Lunatic asylums United Provinces 1909-1921 - 1909-1921
Year: 1909
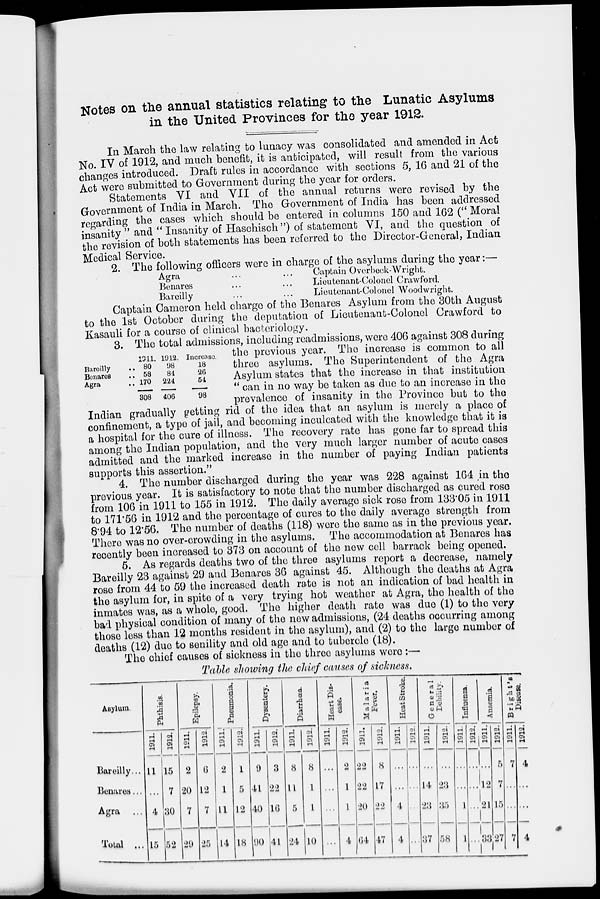
Notes on the annual statistics relating to the Lunatic Asylums
in the United Provinces for the year 1912.
In March the law relating to lunacy was consolidated and amended in Act
No. IV of 1912, and much benefit, it is anticipated, will result from the various
changes introduced. Draft rules in accordance with sections 5, 16 and 21 of the
Act were submitted to Government during the year for orders.
Statements VI and VII of the annual returns were revised by the
Government of India in March. The Government of India has been addressed
regarding the cases which should be entered in columns 150 and 162 (" Moral
insanity " and "Insanity of Haschisch") of statement VI, and the question of
the revision of both statements has been referred to the Director-General, Indian
Medical Service.
2. The following officers were in charge of the asylums during the year:—
Agra ... ...
Benares ... ...
Bareilly ... ...
Captain Overbeck-Wright.
Lieutenant-Colonel Crawford.
Lieutenant-Colonel Woodwright.
Captain Cameron held charge of the Benares Asylum from the 30th August
to the 1st October during the deputation of Lieutenant-Colonel Crawford to
Kasauli for a course of clinical bacteriology.
Bareilly ..
Benares ..
Agra ..
1911.
80
58
170
308
1912.
98
84
224
406
Increase.
18
26
54
98
3. The total admissions, including readmissions, were 406 against 308 during
the previous year. The increase is common to all
three asylums. The Superintendent of the Agra
Asylum states that the increase in that institution
" can in no way be taken as due to an increase in the
prevalence of insanity in the Province but to the
Indian gradually getting rid of the idea that an asylum is merely a place of
confinement, a type of jail, and becoming inculcated with the knowledge that it is
a hospital for the cure of illness. The recovery rate has gone far to spread this
among the Indian population, and the very much larger number of acute cases
admitted and the marked increase in the number of paying Indian patients
supports this assertion.''
4. The number discharged during the year was 228 against 164 in the
previous year. It is satisfactory to note that the number discharged as cured rose
from 106 in 1911 to 155 in 1912. The daily average sick rose from 133.05 in 1911
to 171.56 in 1912 and the percentage of cures to the daily average strength from
8.94 to 12.56. The number of deaths (118) were the same as in the previous year.
There was no over-crowding in the asylums. The accommodation at Benares has
recently been increased to 373 on account of the new cell barrack being opened.
5. As regards deaths two of the three asylums report a decrease, namely
Bareilly 23 against 29 and Benares 36 against 45. Although the deaths at Agra
rose from 44 to 59 the increased death rate is not an indication of bad health in
the asylum for, in spite of a very trying hot weather at Agra, the health of the
inmates was, as a whole, good. The higher death rate was due (1) to the very
bad physical condition of many of the new admissions, (24 deaths occurring among
those less than 12 months resident in the asylum), and (2) to the large number of
deaths (12) due to senility and old age and to tubercle (18).
The chief causes of sickness in the three asylums were :—
Table showing the chief causes of sickness.
Asylum.
Bareilly ...
Benares ...
Agra ...
Total ...
Phthisis.
1911.
11
...
4
15
1912.
15
7
30
52
Epilepsy.
1911.
2
20
7
29
1912.
6
12
7
25
Pneumonia.
1911.
2
1
11
14
1912.
1
5
12
18
Dysentery.
1911.
9
41
40
90
1912.
3
22
16
41
Diarrhœa.
1911.
8
11
5
24
1912.
8
1
1
10
Heart Dis-
ease.
1911.
...
...
...
...
1912.
2
1
1
4
Malaria
Fever.
1911.
22
22
20
64
1912.
8
17
22
47
Heatstroke.
1911.
...
...
4
4
1912.
...
...
...
...
General
Debility.
1911.
...
14
23
37
1912.
...
23
35
58
Influenza.
1911.
...
...
1
1
1912.
...
...
...
...
Anaemia.
1911.
...
12
21
33
1912.
5
7
15
27
Bright's
Disease.
1911.
7
...
...
7
1912.
4
...
...
4